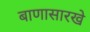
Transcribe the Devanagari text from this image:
बाणासारखे